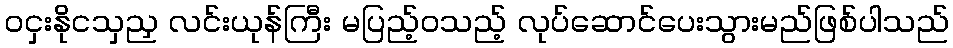
ဝငှးနိုငသှညှ လင်းယုန်ကြီး မပြည့်ဝသည့် လုပ်ဆောင်ပေးသွားမည်ဖြစ်ပါသည်